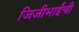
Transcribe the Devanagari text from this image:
जिजीभाईंची